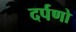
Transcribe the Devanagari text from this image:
दर्पणो